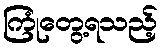
ကြုံတွေ့ရသည့်